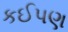
કઈપણ